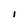
Character: I